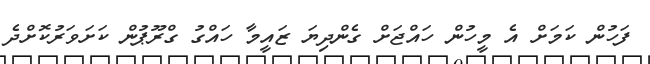
ފަހުން ކަމަށް އެ މީހުން ހައްޖަށް ގެންދިޔަ ޒައީމާ ހައްގު ގްރޫޕުން ކަށަވަރުކޮށްދެ